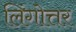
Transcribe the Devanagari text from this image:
लिंगोत्तर